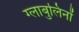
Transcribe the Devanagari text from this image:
ग्लाबुलिनों